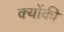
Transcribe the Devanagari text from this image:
क्‍योंकी